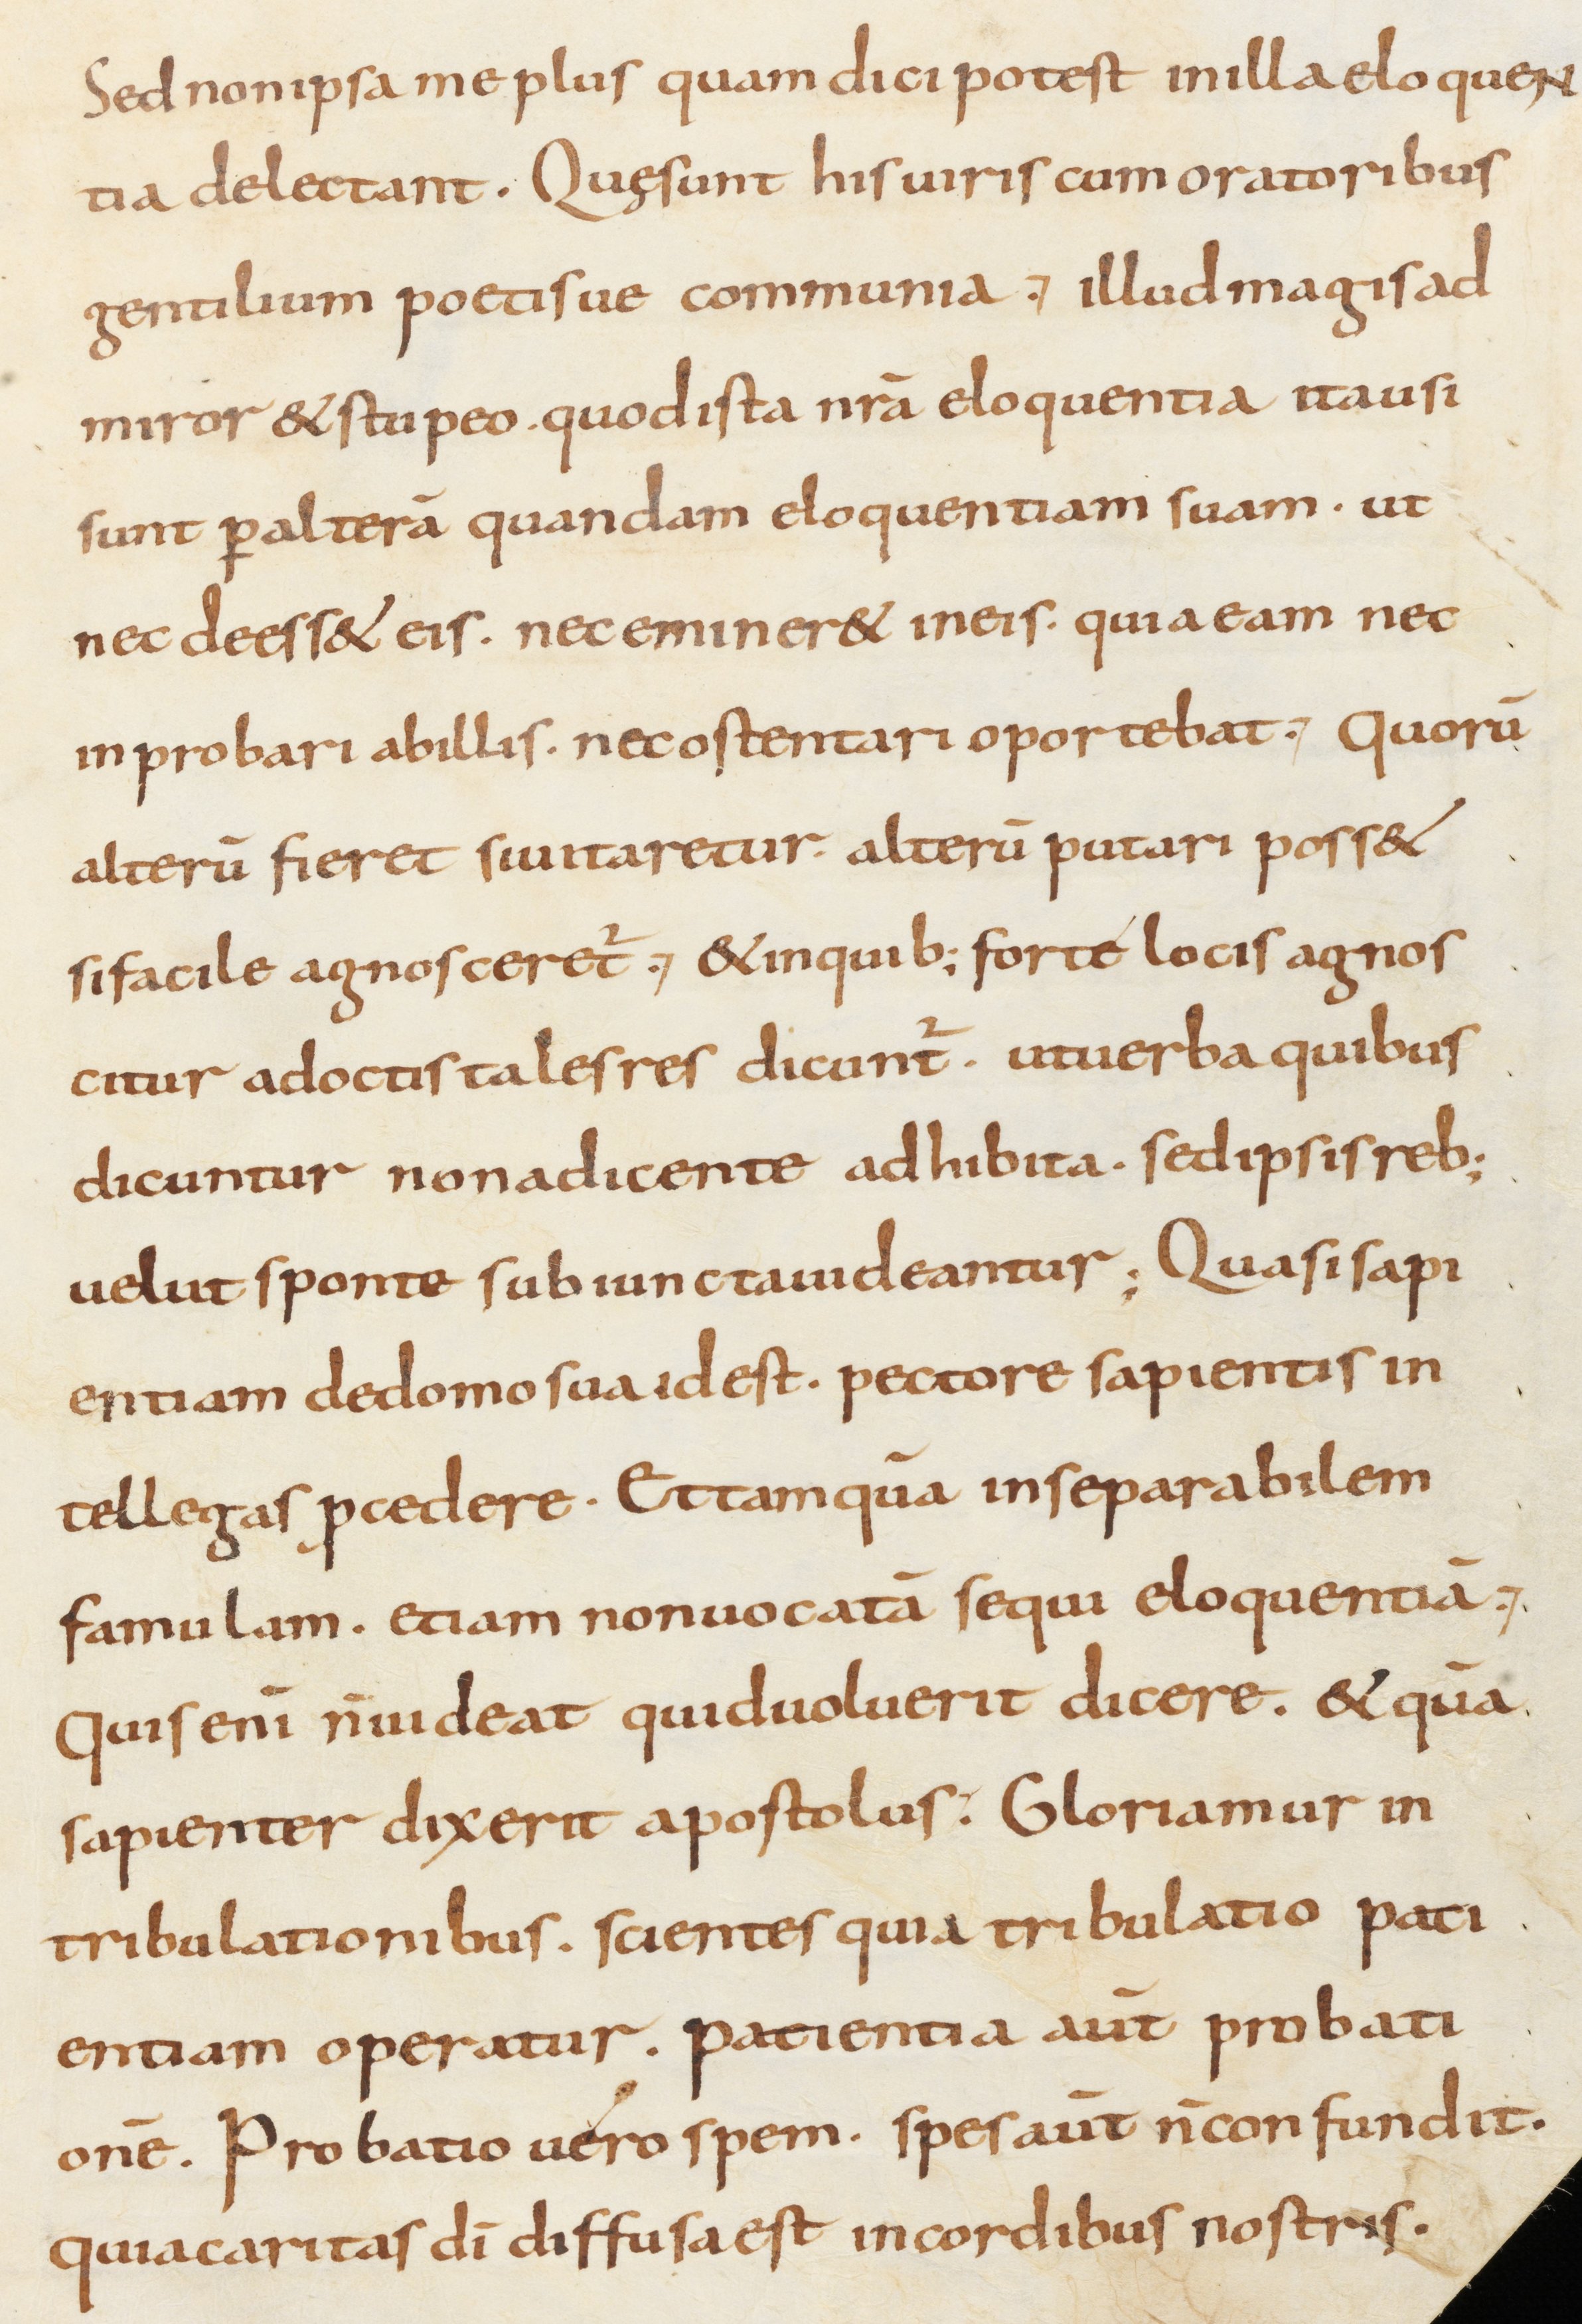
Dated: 800–899